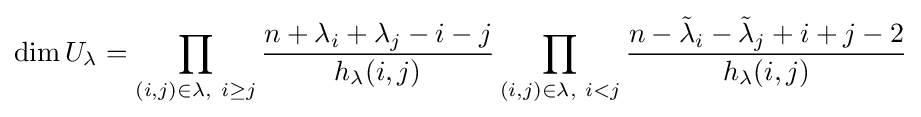
\dim U_{\lambda }=\prod _{(i,j)\in \lambda ,\ i\geq j}{\frac {n+\lambda _{i}+\lambda _{j}-i-j}{h_{\lambda }(i,j)}}\prod _{(i,j)\in \lambda ,\ i<j}{\frac {n-{\tilde {\lambda }}_{i}-{\tilde {\lambda }}_{j}+i+j-2}{h_{\lambda }(i,j)}}